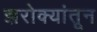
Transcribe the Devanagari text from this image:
झरोक्यांतून